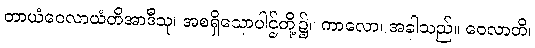
တာယံဝေလာယံတိအာဒီသု၊ အစရှိသောပါဌ်တို့၌။ ကာလော၊ အခါသည်။ ဝေလာတိ၊